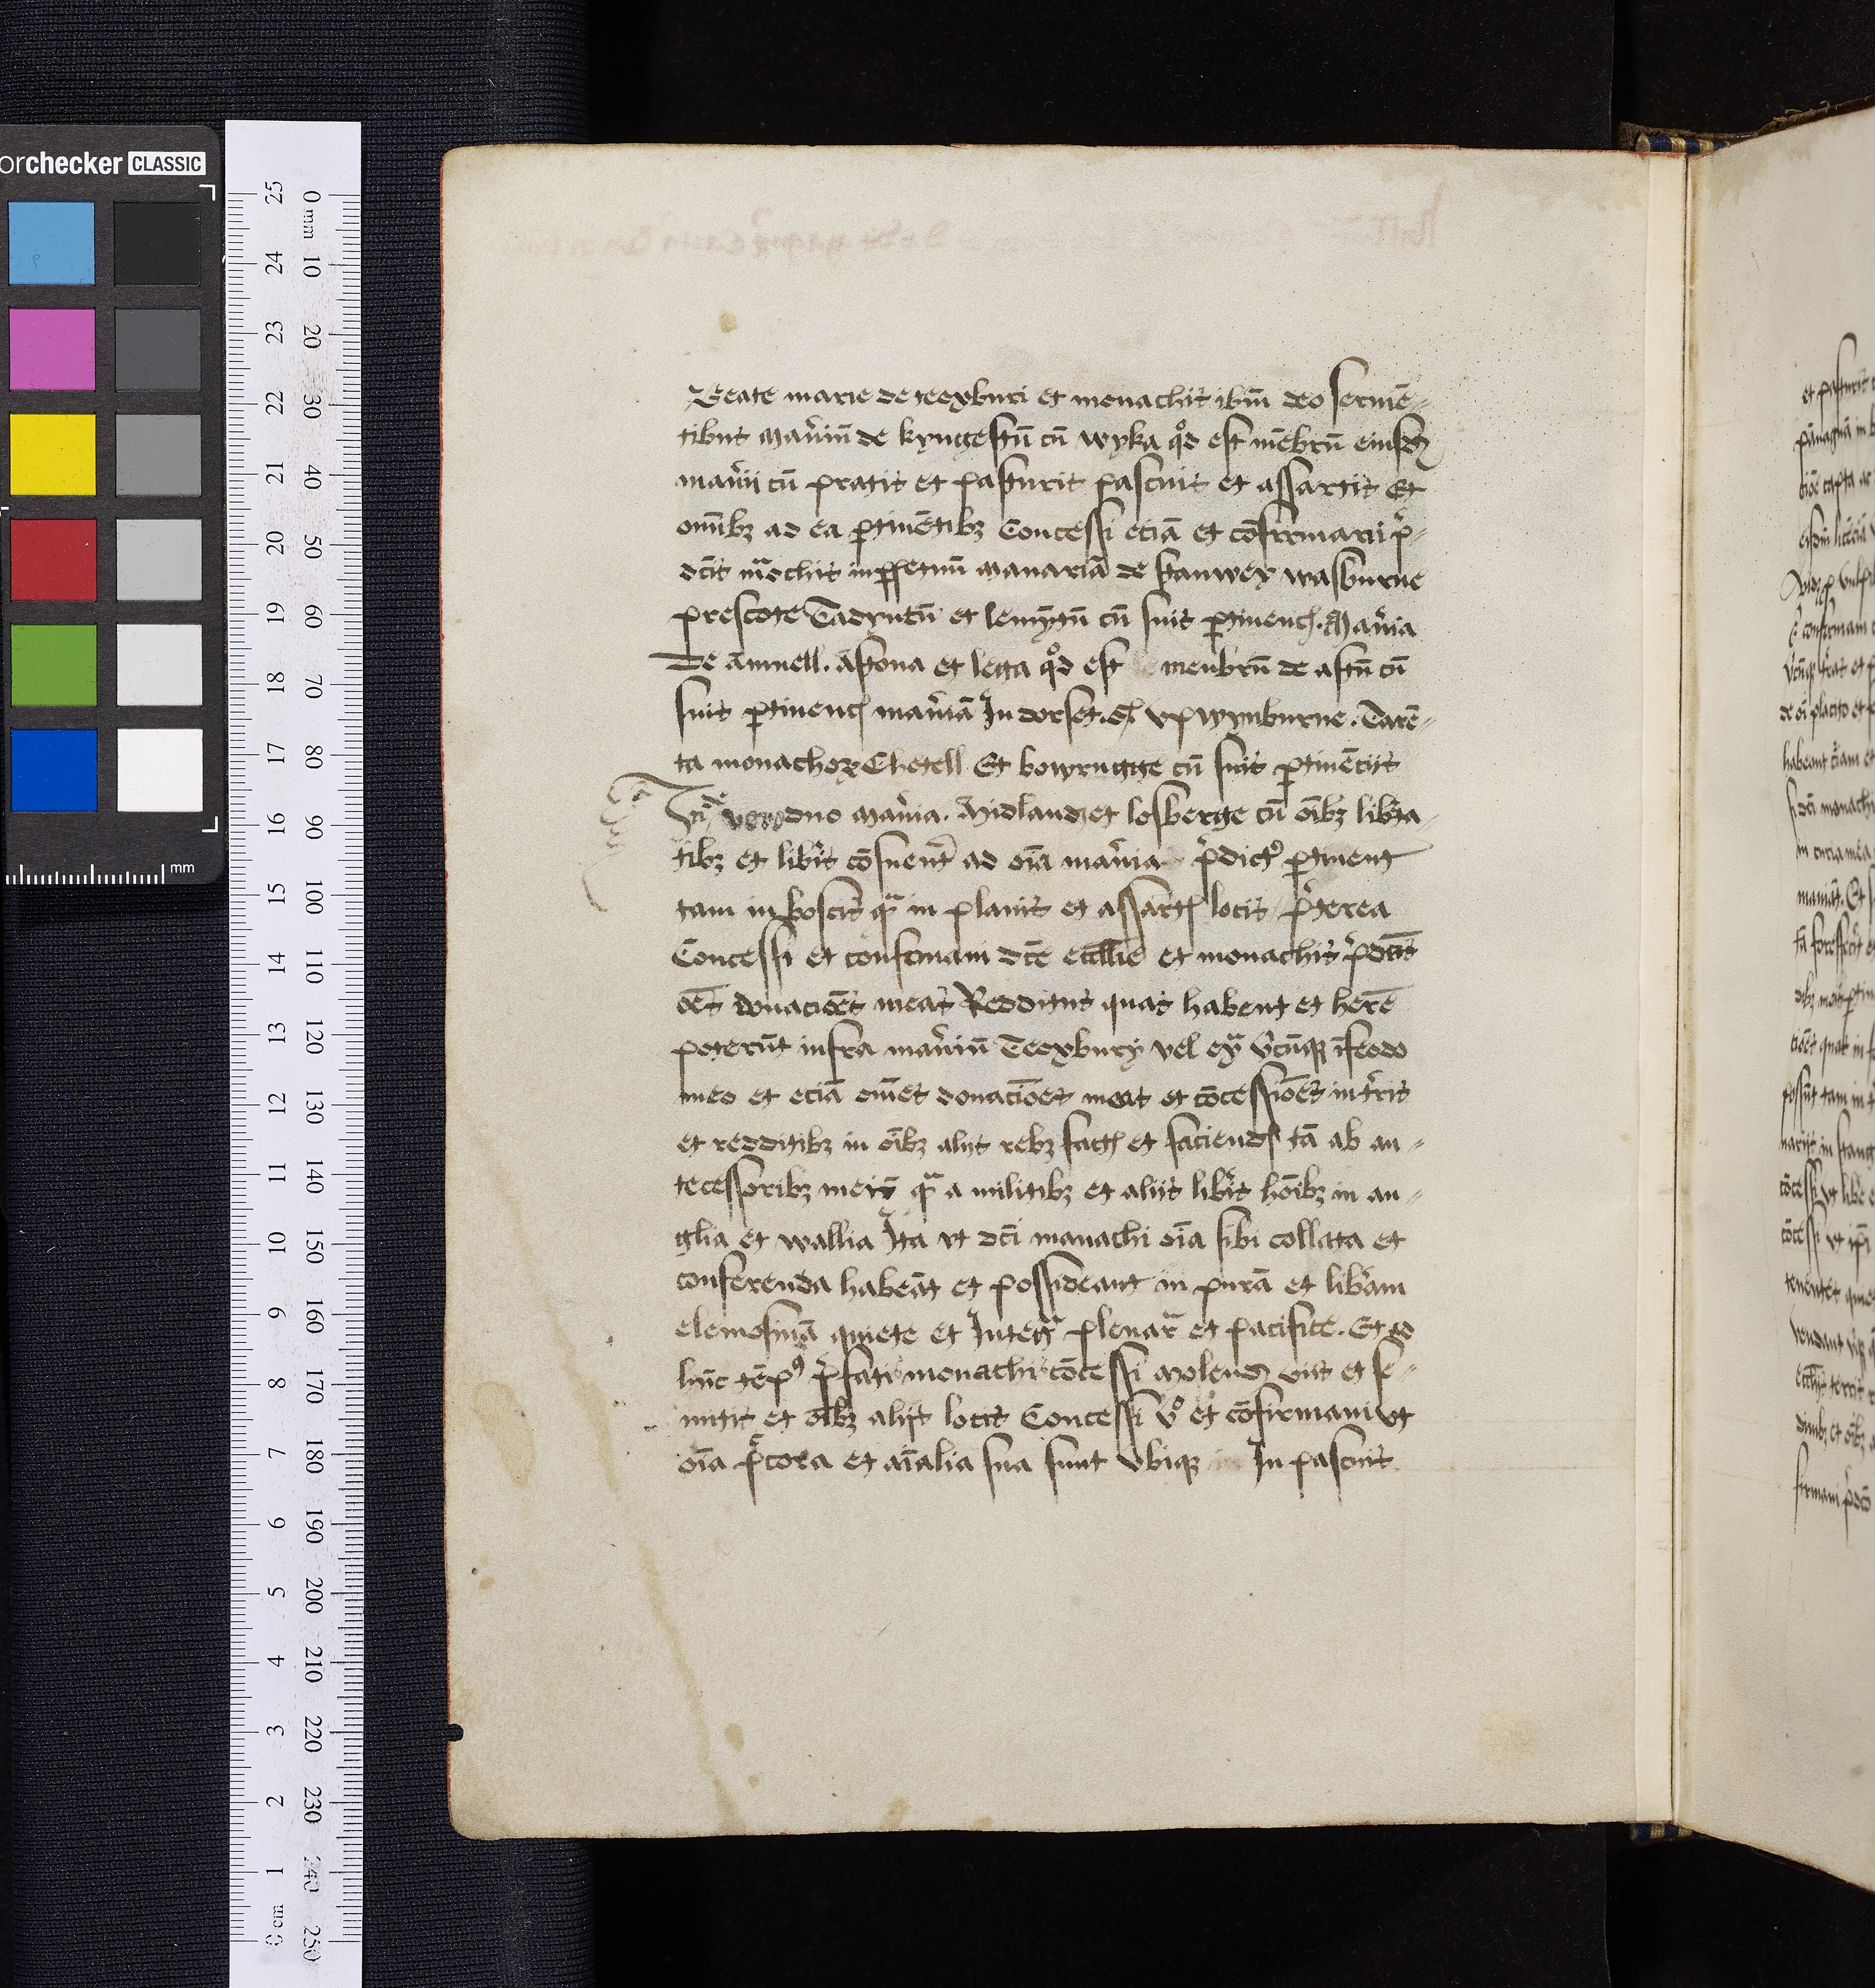
Shelfmark: Oxford, Bodleian Library, ms. Top. Glouc. d. 2
Century: 16